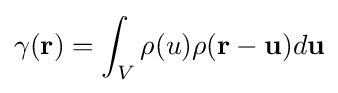
\gamma (\mathbf {r} )=\int _{V}\rho (u)\rho (\mathbf {r} -\mathbf {u} )d\mathbf {u}